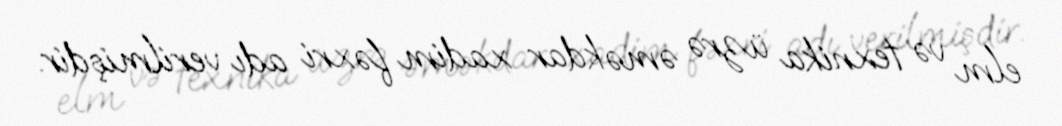
elm və texnika üzrə əməkdar xadim fəxri adı verilmişdir.